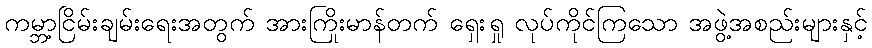
ကမ္ဘာ့ငြိမ်းချမ်းရေးအတွက် အားကြိုးမာန်တက် ရှေးရှု လုပ်ကိုင်ကြသော အဖွဲ့အစည်းများနှင့်